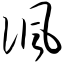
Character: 讽